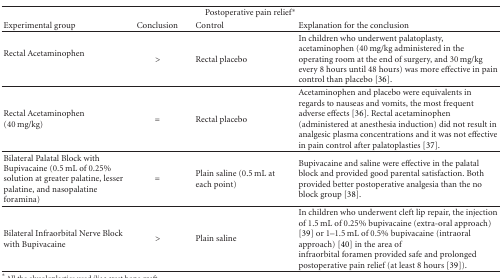
| <COLSPAN=4> Postoperative pain relief* |
 | Experimental group | Conclusion | Control | Explanation for the conclusion |
 | --- | --- | --- | --- |
 | Rectal Acetaminophen | > | Rectal placebo | In children who underwent palatoplasty, acetaminophen (40 mg/kg administered in the operating room at the end of surgery, and 30 mg/kg every 8 hours until 48 hours) was more effective in pain control than placebo [36]. |
 | Rectal Acetaminophen (40 mg/kg) | = | Rectal placebo | Acetaminophen and placebo were equivalents in regards to nauseas and vomits, the most frequent adverse effects [36]. Rectal acetaminophen (administered at anesthesia induction) did not result in analgesic plasma concentrations and it was not effective in pain control after palatoplasties [37]. |
 | Bilateral Palatal Block with Bupivacaine (0.5 mL of 0.25% solution at greater palatine, lesser palatine, and nasopalatine foramina) | = | Plain saline (0.5 mL at each point) | Bupivacaine and saline were effective in the palatal block and provided good parental satisfaction. Both provided better postoperative analgesia than the no block group [38]. |
 | Bilateral Infraorbital Nerve Block with Bupivacaine | > | Plain saline | In children who underwent cleft lip repair, the injection of 1.5 mL of 0.25% bupivacaine (extra-oral approach) [39] or 1–1.5 mL of 0.5% bupivacaine (intraoral approach) [40] in the area ofinfraorbital foramen provided safe and prolonged postoperative pain relief (at least 8 hours [39]). |